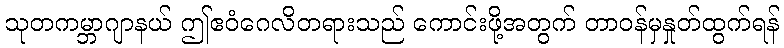
သုတကမ္ဘာဂျာနယ် ဤဧဝံဂေလိတရားသည် ကောင်းဖို့အတွက် တာဝန်မှနှုတ်ထွက်ရန်